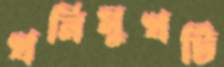
খনিমুখটি